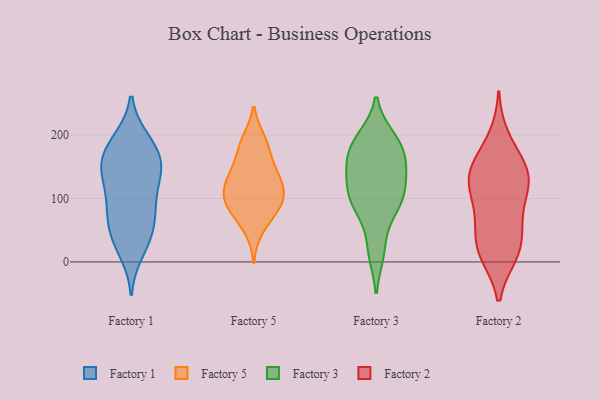
{"axis": {"x": "Humidity (%)", "y": "Value"}, "legend": ["Factory 1", "Factory 2", "Factory 3", "Factory 5"], "data": [{"x": "", "y": 77, "type": "Factory 1"}, {"x": "", "y": 50, "type": "Factory 1"}, {"x": "", "y": 153, "type": "Factory 1"}, {"x": "", "y": 156, "type": "Factory 1"}, {"x": "", "y": 17, "type": "Factory 1"}, {"x": "", "y": 140, "type": "Factory 1"}, {"x": "", "y": 153, "type": "Factory 1"}, {"x": "", "y": 187, "type": "Factory 1"}, {"x": "", "y": 93, "type": "Factory 1"}, {"x": "", "y": 99, "type": "Factory 1"}, {"x": "", "y": 77, "type": "Factory 1"}, {"x": "", "y": 186, "type": "Factory 1"}, {"x": "", "y": 192, "type": "Factory 1"}, {"x": "", "y": 33, "type": "Factory 1"}, {"x": "", "y": 152, "type": "Factory 1"}, {"x": "", "y": 128, "type": "Factory 1"}, {"x": "", "y": 43, "type": "Factory 1"}, {"x": "", "y": 69, "type": "Factory 5"}, {"x": "", "y": 104, "type": "Factory 5"}, {"x": "", "y": 94, "type": "Factory 5"}, {"x": "", "y": 85, "type": "Factory 5"}, {"x": "", "y": 124, "type": "Factory 5"}, {"x": "", "y": 194, "type": "Factory 5"}, {"x": "", "y": 136, "type": "Factory 5"}, {"x": "", "y": 48, "type": "Factory 5"}, {"x": "", "y": 104, "type": "Factory 5"}, {"x": "", "y": 81, "type": "Factory 5"}, {"x": "", "y": 168, "type": "Factory 5"}, {"x": "", "y": 170, "type": "Factory 5"}, {"x": "", "y": 137, "type": "Factory 5"}, {"x": "", "y": 195, "type": "Factory 5"}, {"x": "", "y": 120, "type": "Factory 5"}, {"x": "", "y": 99, "type": "Factory 5"}, {"x": "", "y": 140, "type": "Factory 5"}, {"x": "", "y": 100, "type": "Factory 3"}, {"x": "", "y": 105, "type": "Factory 3"}, {"x": "", "y": 183, "type": "Factory 3"}, {"x": "", "y": 155, "type": "Factory 3"}, {"x": "", "y": 106, "type": "Factory 3"}, {"x": "", "y": 196, "type": "Factory 3"}, {"x": "", "y": 91, "type": "Factory 3"}, {"x": "", "y": 15, "type": "Factory 3"}, {"x": "", "y": 145, "type": "Factory 3"}, {"x": "", "y": 195, "type": "Factory 3"}, {"x": "", "y": 188, "type": "Factory 3"}, {"x": "", "y": 163, "type": "Factory 3"}, {"x": "", "y": 92, "type": "Factory 3"}, {"x": "", "y": 72, "type": "Factory 3"}, {"x": "", "y": 131, "type": "Factory 3"}, {"x": "", "y": 164, "type": "Factory 3"}, {"x": "", "y": 134, "type": "Factory 3"}, {"x": "", "y": 18, "type": "Factory 3"}, {"x": "", "y": 67, "type": "Factory 2"}, {"x": "", "y": 57, "type": "Factory 2"}, {"x": "", "y": 19, "type": "Factory 2"}, {"x": "", "y": 143, "type": "Factory 2"}, {"x": "", "y": 13, "type": "Factory 2"}, {"x": "", "y": 110, "type": "Factory 2"}, {"x": "", "y": 169, "type": "Factory 2"}, {"x": "", "y": 196, "type": "Factory 2"}, {"x": "", "y": 127, "type": "Factory 2"}, {"x": "", "y": 12, "type": "Factory 2"}, {"x": "", "y": 19, "type": "Factory 2"}, {"x": "", "y": 109, "type": "Factory 2"}, {"x": "", "y": 134, "type": "Factory 2"}, {"x": "", "y": 146, "type": "Factory 2"}, {"x": "", "y": 66, "type": "Factory 2"}, {"x": "", "y": 136, "type": "Factory 2"}]}